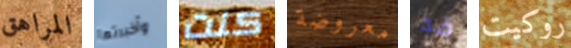
المراهق وأخبرتها كنت معروضة قد روكيت